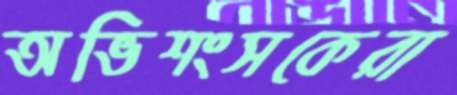
অভিশংসকেরা